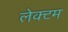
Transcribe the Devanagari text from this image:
लेक्टम